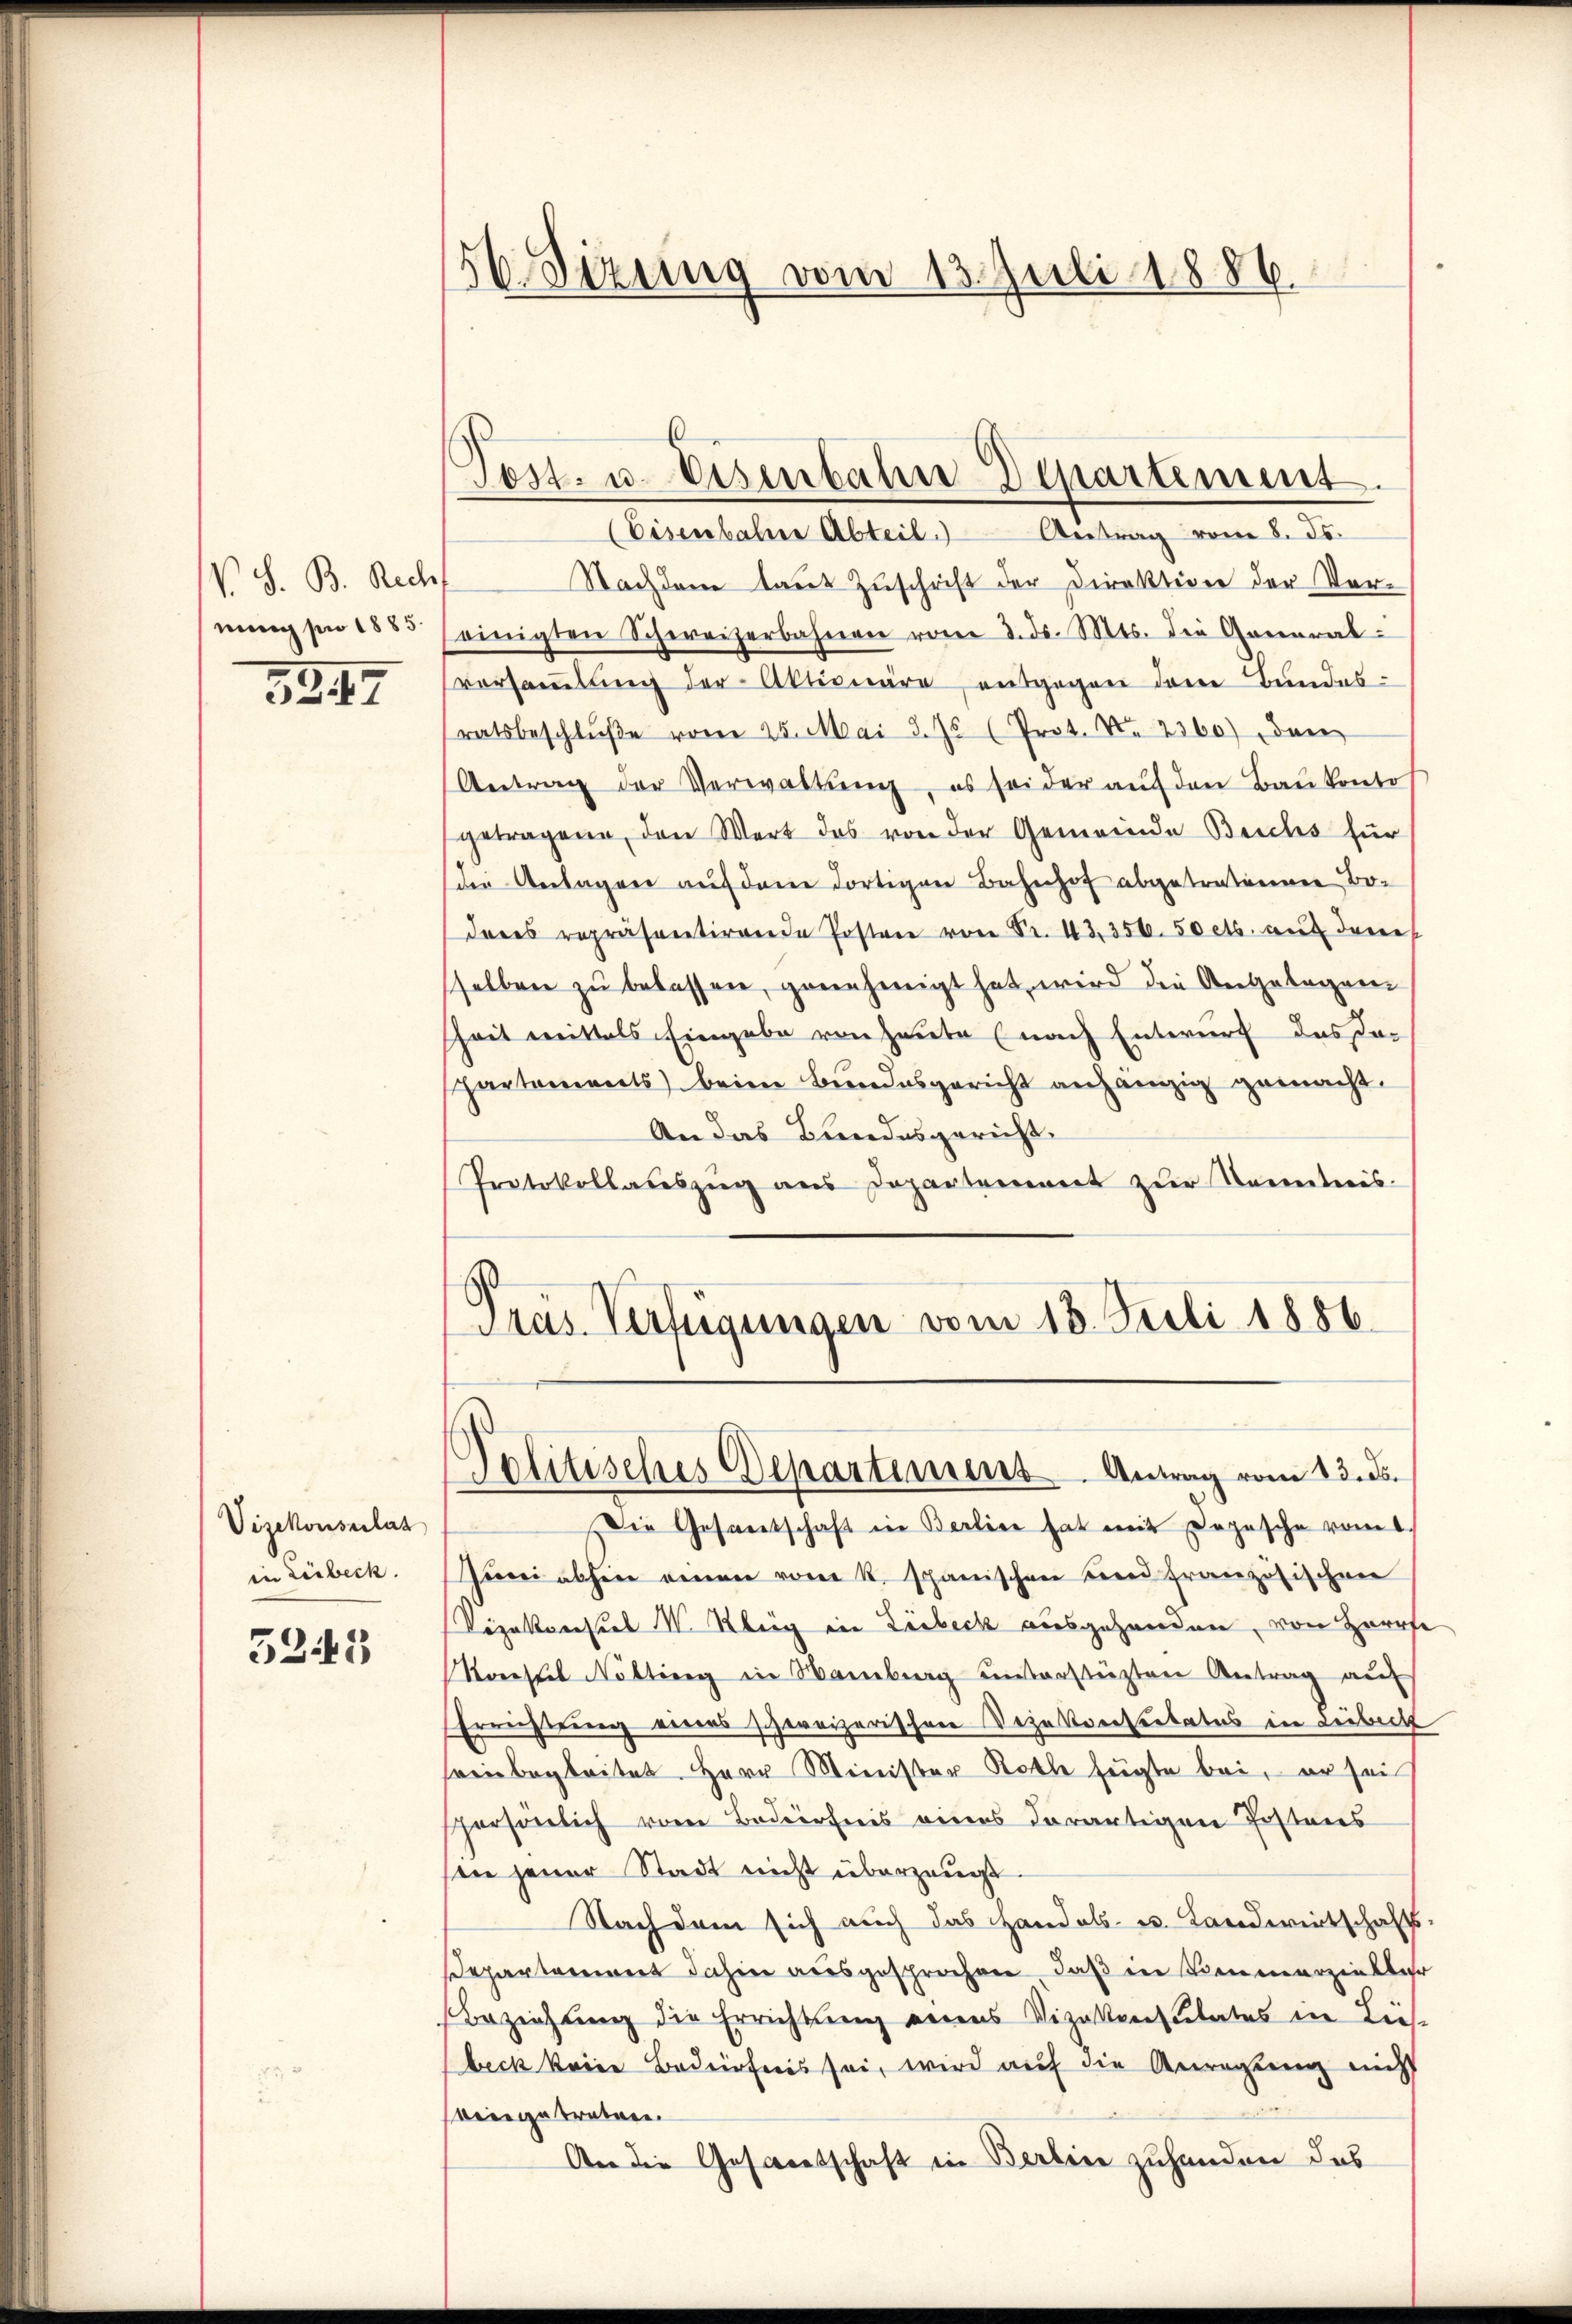
V S. B. Rech
nung pro 1885.

5247

Vizekonsulat
in Lübeck.

5245

56 Sizung vom 13. Juli 1886.

(Eisenbahne Abteil. Antrag vom 8. ds.
Nachdem laut Zuschrift der Direktion der Vereinigten Schweizerbahnen vom 3. ds. Mts. die General-
versammlung der Aktionäre entgegen dem Bundesratsbeschlŭβe vom 25. Mai d. Js. (Prot. N. 2360) dan
Antrag der Verwaltŭng, es sei der aŭf den Baŭkontos
getragene den Wert das von der Gemeinde Beichs für
die Anlagen aŭf dem dortigen Bahnhof abgetrationen Boderes repräsentirende Posten von Sr. 43, 350.50 cts. auf dene
sselben zŭ belassen, genehmigt hat, wird die Angelegen-
Zeit mittels Eingabe von Heute (nach Entwurf das Despartements beim Bundesgericht anhängig gemacht.
An das Bundesgericht.
Protokollaŭszŭg ans Departement zŭr Kenntnis.
Präs. Verfügungen vom 18. Juli 1886

Post- u. Eisenbahne Departement.

Die Gesandschaft in Berlier hat mit Depesche vom 1.
Juni absen einen vom K. Spanischen und französischen
Vizekonsul N. Kleg in Liebeck ausgehanden, von Herrfe
Korstel Nötting in Wamberg unterstüzten Antrag auf
Errichtung einers schweizerischen Vezntverseitetes in Liebeck
sreinbegleitet. Herr Minister Rotte fügte bei, er sei
spersönlich vom Bedürfnis eines derartigen Postens
in jener Stadt nicht überzeugt
Nachdem sich auch das Handels- u. Landwirtschafts-
departement dahin ausgesprochen, daß in Bienenerzen Ker
Beziehung die Errichtung eines Vizalentitates in Lies-
beck keine Bedürfnis sei, wird auf die Anregung nicht
verge tratore
An die Gesaretschaft in Berlin zuhanden das

Politisches Departemens Antrag vom 13. ds.